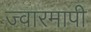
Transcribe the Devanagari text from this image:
ज्वारमापी